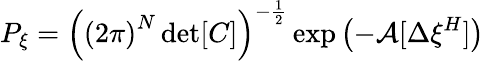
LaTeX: P_{\xi}=\left(\left(2\pi\right)^{N}\operatorname*{d\mathrm{e}t}[C]\right)^{-\frac{{1}}{{2}}}\exp\left(-\mathcal{{A}}[\Delta\xi^{H}]\right)